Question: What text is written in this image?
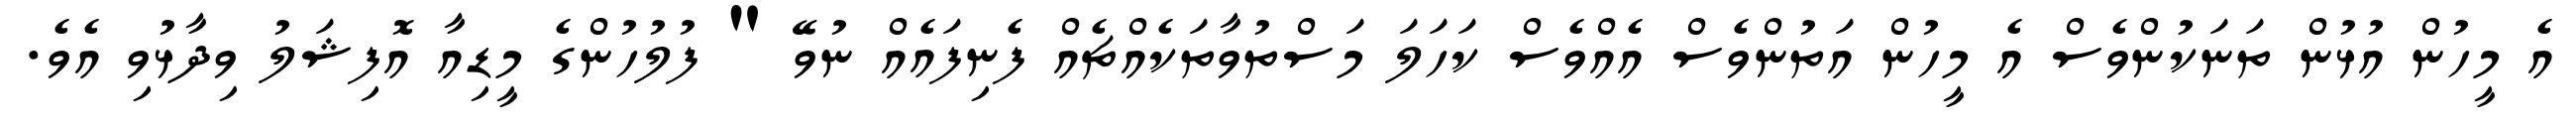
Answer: އެ މީހުން އުޅުން ތަނަކުންވެސް އެ މީހުން އަތުންވެސް އެއްވެސް ކަހަލަ މަސްތުވާތަކެއްޗެއް ފެނިފައެއް ނުވޭ " ފުލުހުންގެ މީޑިއާ އޮފިޝަލު ވިދާޅުވި އެވެ.